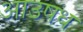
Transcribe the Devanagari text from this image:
आउषध